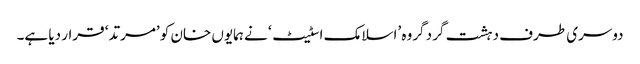
دوسری طرف دہشت گرد گروہ ’اسلامک اسٹیٹ‘ نے ہمایوں خان کو ’مرتد‘ قرار دیا ہے۔